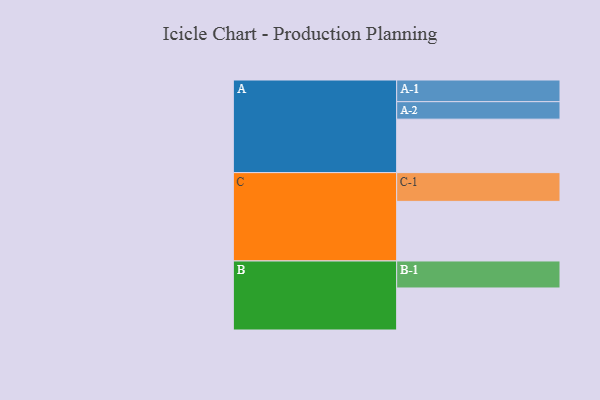
{"axis": {"x": "Segment", "y": "Value"}, "legend": ["", "A", "B", "C"], "data": [{"x": "A", "y": 523, "type": ""}, {"x": "B", "y": 411, "type": ""}, {"x": "C", "y": 583, "type": ""}, {"x": "A-1", "y": 212, "type": "A"}, {"x": "A-2", "y": 171, "type": "A"}, {"x": "B-1", "y": 264, "type": "B"}, {"x": "C-1", "y": 281, "type": "C"}]}